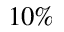
1 0 \%